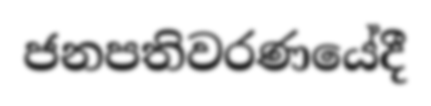
ජනපතිවරණයේදී